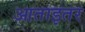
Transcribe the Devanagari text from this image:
आताइतर